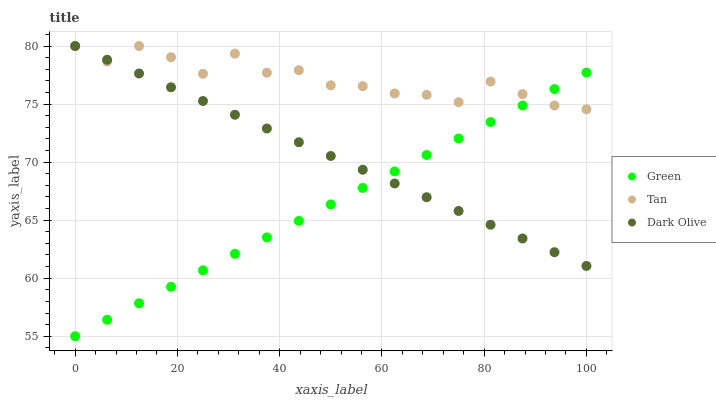
| xaxis_label | Green | Tan | Dark Olive |
 | --- | --- | --- | --- |
 | 0 | 55 | 80 | 80 |
 | 6.25 | 56.4 | 78.7 | 78.8 |
 | 12.5 | 57.8 | 80 | 77.6 |
 | 18.8 | 59.3 | 79 | 76.4 |
 | 25 | 60.7 | 77.6 | 75.3 |
 | 31.2 | 62.1 | 79.3 | 74.1 |
 | 37.5 | 63.5 | 77.7 | 72.9 |
 | 43.8 | 64.9 | 77.9 | 71.7 |
 | 50 | 66.4 | 76.6 | 70.5 |
 | 56.2 | 67.8 | 76.5 | 69.3 |
 | 62.5 | 69.2 | 75.9 | 68.2 |
 | 68.8 | 70.6 | 75.8 | 67 |
 | 75 | 72 | 75.2 | 65.8 |
 | 81.2 | 73.5 | 76.9 | 64.6 |
 | 87.5 | 74.9 | 75.9 | 63.4 |
 | 93.8 | 76.3 | 74.9 | 62.2 |
 | 100 | 77.7 | 74.6 | 61.1 |